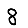
Digit: 8